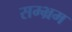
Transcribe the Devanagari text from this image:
सम्भ्रम